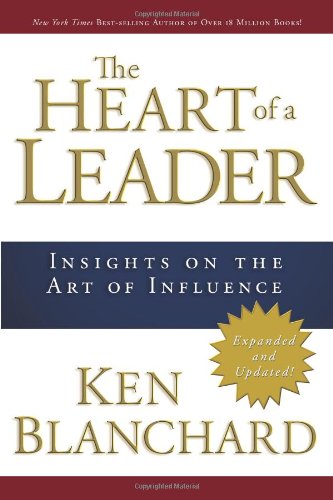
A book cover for The Heart of a Leader: Insights on the Art of Influence; Ken Blanchard; Christian Books & Bibles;